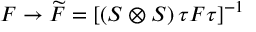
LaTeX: F \rightarrow \widetilde { F } = \left[ ( S \otimes S ) \, \tau F \tau \right] ^ { - 1 }